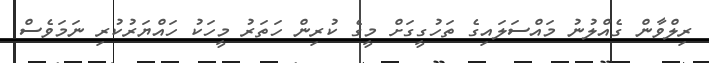
ރިލްވާން ގެއްލުނު މައްސަލައިގެ ތަހުގީގަށް މީގެ ކުރިން ހަތަރު މީހަކު ހައްޔަރުކުރި ނަމަވެސް